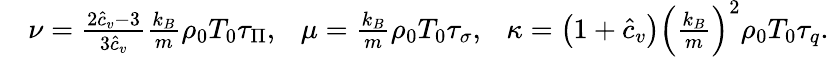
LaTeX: \begin{array}{rl}&{\nu=\frac{2\hat{c}_{v}-3}{3\hat{c}_{v}}\frac{k_{B}}{m}\rho_{0}T_{0}\tau_{\Pi},\ \ \ \mu=\frac{k_{B}}{m}\rho_{0}T_{0}\tau_{\sigma},\ \ \ \kappa=\left(1+\displaystyle{\hat{c}_{v}}\right)\left(\frac{k_{B}}{m}\right)^{2}\rho_{0}T_{0}\tau_{q}.}\end{array}